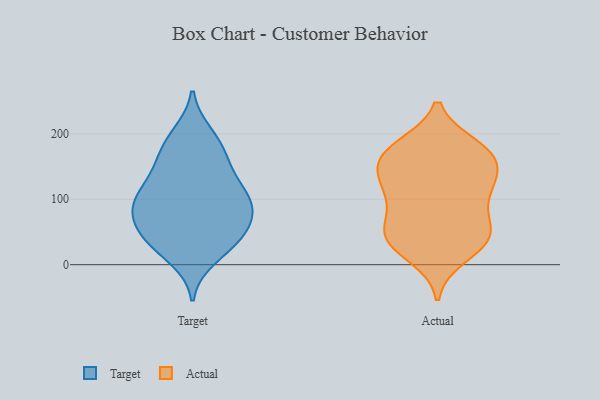
{"axis": {"x": "Page Views", "y": "Value"}, "legend": ["Actual", "Target"], "data": [{"x": "", "y": 42, "type": "Target"}, {"x": "", "y": 199, "type": "Target"}, {"x": "", "y": 75, "type": "Target"}, {"x": "", "y": 39, "type": "Target"}, {"x": "", "y": 87, "type": "Target"}, {"x": "", "y": 11, "type": "Target"}, {"x": "", "y": 172, "type": "Target"}, {"x": "", "y": 191, "type": "Target"}, {"x": "", "y": 114, "type": "Target"}, {"x": "", "y": 29, "type": "Target"}, {"x": "", "y": 75, "type": "Target"}, {"x": "", "y": 148, "type": "Target"}, {"x": "", "y": 64, "type": "Target"}, {"x": "", "y": 104, "type": "Target"}, {"x": "", "y": 158, "type": "Target"}, {"x": "", "y": 95, "type": "Target"}, {"x": "", "y": 98, "type": "Target"}, {"x": "", "y": 125, "type": "Target"}, {"x": "", "y": 40, "type": "Target"}, {"x": "", "y": 152, "type": "Actual"}, {"x": "", "y": 180, "type": "Actual"}, {"x": "", "y": 44, "type": "Actual"}, {"x": "", "y": 170, "type": "Actual"}, {"x": "", "y": 177, "type": "Actual"}, {"x": "", "y": 51, "type": "Actual"}, {"x": "", "y": 158, "type": "Actual"}, {"x": "", "y": 116, "type": "Actual"}, {"x": "", "y": 171, "type": "Actual"}, {"x": "", "y": 36, "type": "Actual"}, {"x": "", "y": 106, "type": "Actual"}, {"x": "", "y": 37, "type": "Actual"}, {"x": "", "y": 63, "type": "Actual"}, {"x": "", "y": 118, "type": "Actual"}, {"x": "", "y": 138, "type": "Actual"}, {"x": "", "y": 103, "type": "Actual"}, {"x": "", "y": 14, "type": "Actual"}, {"x": "", "y": 45, "type": "Actual"}]}